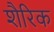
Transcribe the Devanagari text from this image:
शैरिक